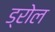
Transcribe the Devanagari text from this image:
ड्रोल